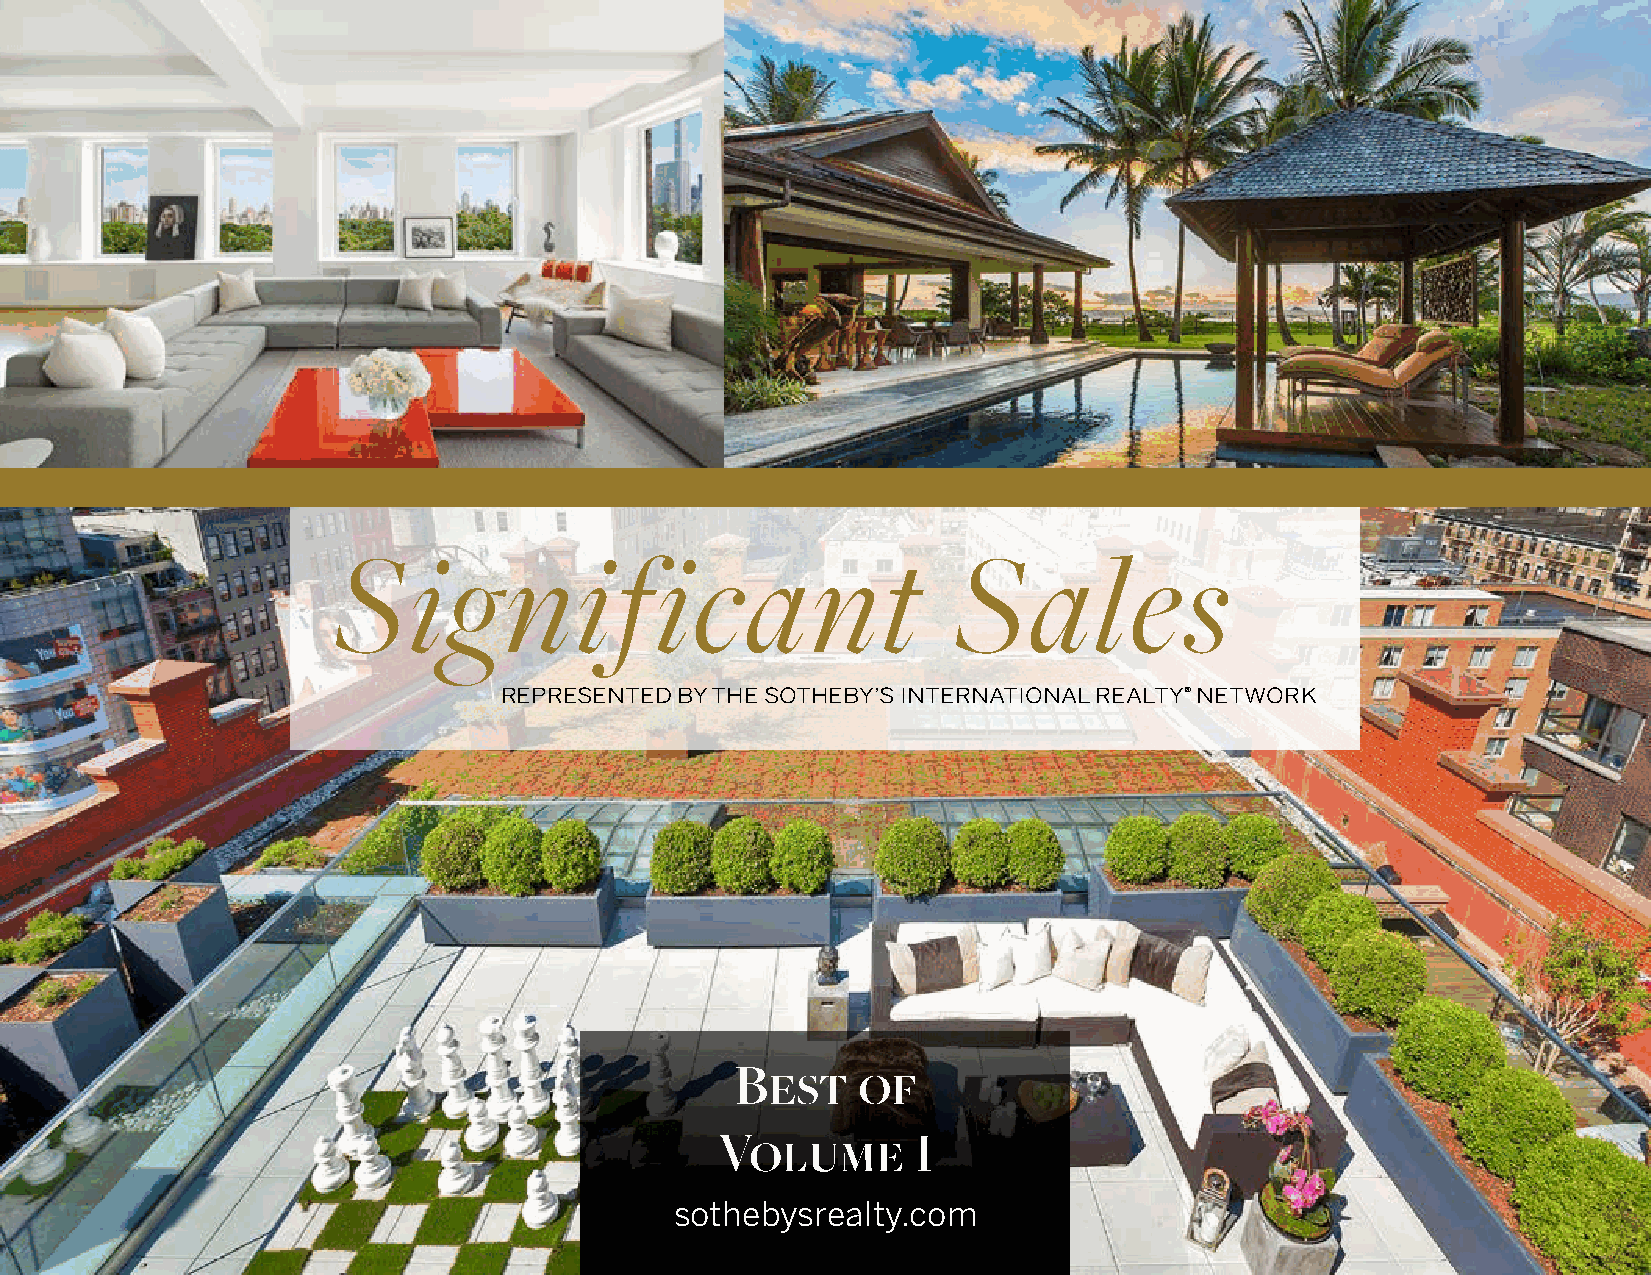
Significant                              Sales
 REPRESENTED BY THE SOTHEBY’S INTERNATIONAL REALTY® NETWORK
 Best    of
 Volume       I
 sothebysrealty.com